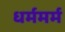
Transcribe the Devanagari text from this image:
धर्ममर्म